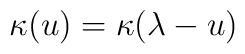
\kappa (u)  =  \kappa (\lambda -u)